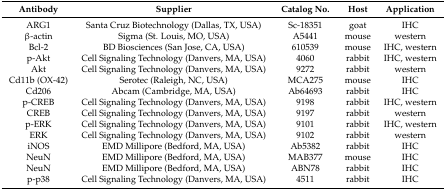
<table><thead><tr><td><b>Antibody</b></td><td><b>Supplier</b></td><td><b>Catalog No.</b></td><td><b>Host</b></td><td><b>Application</b></td></tr></thead><tbody><tr><td>ARG1</td><td>Santa Cruz Biotechnology (Dallas, TX, USA)</td><td>Sc-18351</td><td>goat</td><td>IHC</td></tr><tr><td>β-actin</td><td>Sigma (St. Louis, MO, USA)</td><td>A5441</td><td>mouse</td><td>western</td></tr><tr><td>Bcl-2</td><td>BD Biosciences (San Jose, CA, USA)</td><td>610539</td><td>mouse</td><td>IHC, western</td></tr><tr><td>p-Akt</td><td>Cell Signaling Technology (Danvers, MA, USA)</td><td>4060</td><td>rabbit</td><td>IHC, western</td></tr><tr><td>Akt</td><td>Cell Signaling Technology (Danvers, MA, USA)</td><td>9272</td><td>rabbit</td><td>western</td></tr><tr><td>Cd11b (OX-42)</td><td>Serotec (Raleigh, NC, USA)</td><td>MCA275</td><td>mouse</td><td>IHC</td></tr><tr><td>Cd206</td><td>Abcam (Cambridge, MA, USA)</td><td>Ab64693</td><td>rabbit</td><td>IHC</td></tr><tr><td>p-CREB</td><td>Cell Signaling Technology (Danvers, MA, USA)</td><td>9198</td><td>rabbit</td><td>IHC, western</td></tr><tr><td>CREB</td><td>Cell Signaling Technology (Danvers, MA, USA)</td><td>9197</td><td>rabbit</td><td>western</td></tr><tr><td>p-ERK</td><td>Cell Signaling Technology (Danvers, MA, USA)</td><td>9101</td><td>rabbit</td><td>IHC, western</td></tr><tr><td>ERK</td><td>Cell Signaling Technology (Danvers, MA, USA)</td><td>9102</td><td>rabbit</td><td>western</td></tr><tr><td>iNOS</td><td>EMD Millipore (Bedford, MA, USA)</td><td>Ab5382</td><td>rabbit</td><td>IHC</td></tr><tr><td>NeuN</td><td>EMD Millipore (Bedford, MA, USA)</td><td>MAB377</td><td>mouse</td><td>IHC</td></tr><tr><td>NeuN</td><td>EMD Millipore (Bedford, MA, USA)</td><td>ABN78</td><td>rabbit</td><td>IHC</td></tr><tr><td>p-p38</td><td>Cell Signaling Technology (Danvers, MA, USA)</td><td>4511</td><td>rabbit</td><td>IHC</td></tr></tbody></table>